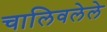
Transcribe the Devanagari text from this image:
चालिवलेले